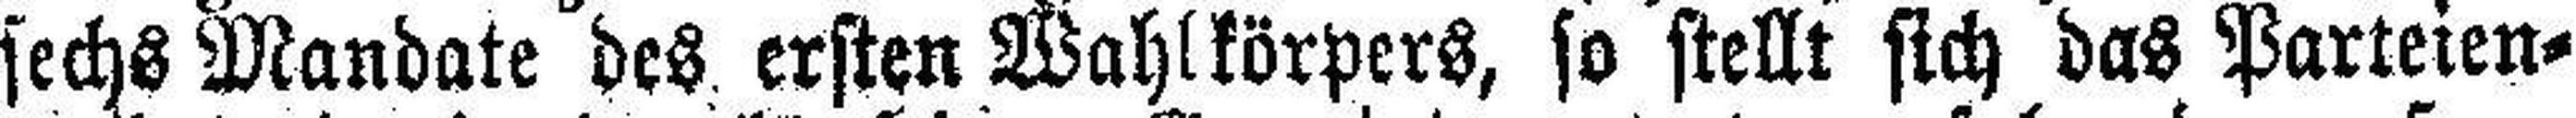
sechs Mandate des ersten Wahlkörpers, so stellt sich das Parteien¬